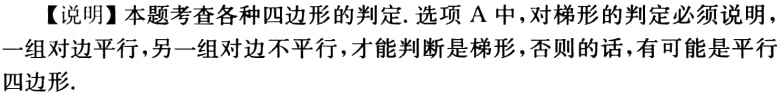
【说明】本题考查各种四边形的判定. 选项 A 中，对梯形的判定必须说明一组对边平行，另一组对边不平行，才能判断是梯形，否则的话，有可能是平行四边形.